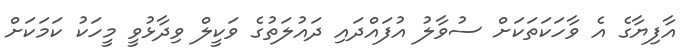
އާފިޔާގެ އެ ވާހަކަތަކަށް ސުވާލު އުފައްދައި ދައުލަތުގެ ވަކީލް ވިދާޅުވީ މީހަކު ކަމަކަށް